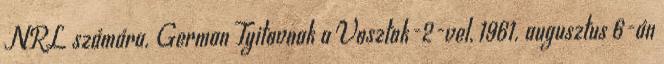
NRL számára. German Tyitovnak a Vosztok-2-vel, 1961. augusztus 6-án